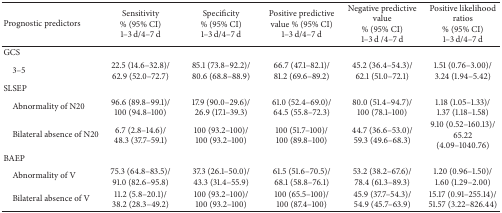
<table><thead><tr><td><b>Prognostic predictors</b></td><td><b>Sensitivity % (95% CI)1–3 d/4–7 d</b></td><td><b>Specificity % (95% CI)1–3 d/4–7 d</b></td><td><b>Positive predictive value % (95% CI)1–3 d/4–7 d</b></td><td><b>Negative predictive value % (95% CI)1–3 d /4–7 d</b></td><td><b>Positive likelihood ratios% (95% CI)1–3 d/4–7 d</b></td></tr></thead><tbody><tr><td>GCS</td><td> </td><td> </td><td> </td><td> </td><td> </td></tr><tr><td> 3–5</td><td>22.5 (14.6–32.8)/62.9 (52.0–72.7)</td><td>85.1 (73.8–92.2)/80.6 (68.8–88.9)</td><td>66.7 (47.1–82.1)/81.2 (69.6–89.2)</td><td>45.2 (36.4–54.3)/62.1 (51.0–72.1)</td><td>1.51 (0.76–3.00)/3.24 (1.94–5.42)</td></tr><tr><td>SLSEP</td><td> </td><td> </td><td> </td><td> </td><td> </td></tr><tr><td> Abnormality of N20</td><td>96.6 (89.8–99.1)/100 (94.8–100)</td><td>17.9 (90.0–29.6)/26.9 (17.1–39.3)</td><td>61.0 (52.4–69.0)/64.5 (55.8–72.3)</td><td>80.0 (51.4–94.7)/100 (78.1–100)</td><td>1.18 (1.05–1.33)/1.37 (1.18–1.58)</td></tr><tr><td> Bilateral absence of N20</td><td>6.7 (2.8–14.6)/48.3 (37.7–59.1)</td><td>100 (93.2–100)/100 (93.2–100)</td><td>100 (51.7–100)/100 (89.8–100)</td><td>44.7 (36.6–53.0)/59.3 (49.6–68.3)</td><td>9.10 (0.52–160.13)/65.22 (4.09–1040.76)</td></tr><tr><td>BAEP</td><td> </td><td> </td><td> </td><td> </td><td> </td></tr><tr><td> Abnormality of V</td><td>75.3 (64.8–83.5)/91.0 (82.6–95.8)</td><td>37.3 (26.1–50.0)/43.3 (31.4–55.9)</td><td>61.5 (51.6–70.5)/68.1 (58.8–76.1)</td><td>53.2 (38.2–67.6)/78.4 (61.3–89.3)</td><td>1.20 (0.96–1.50)/1.60 (1.29–2.00)</td></tr><tr><td> Bilateral absence of V</td><td>11.2 (5.8–20.1)/38.2 (28.3–49.2)</td><td>100 (93.2–100)/100 (93.2–100)</td><td>100 (65.5–100)/100 (87.4–100)</td><td>45.9 (37.7–54.3)/54.9 (45.7–63.9)</td><td>15.17 (0.91–255.14)/51.57 (3.22–826.44)</td></tr></tbody></table>